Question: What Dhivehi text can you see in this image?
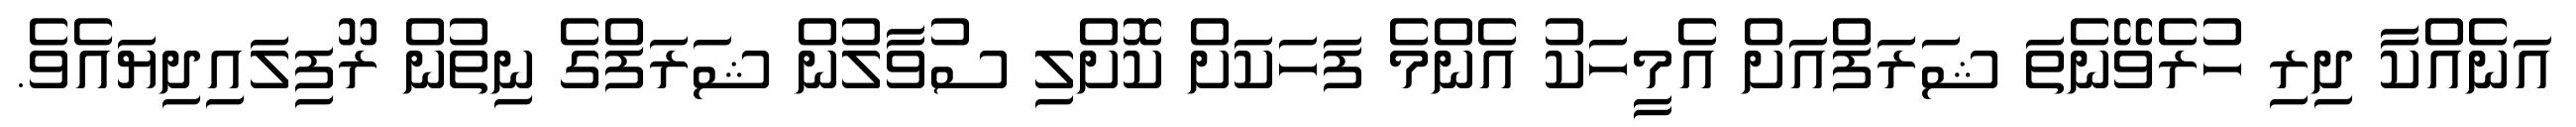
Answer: އަނެއްކާ ދިރި ހުރެވޭނެތަ ޝަރަފްއަށް އެމީހަކު އެންމެ ފަހަކަށް ކޮށްލި ސުވާލުން ޝަރަފްގެ ނިތުން ރޫފިލައިދިޔައެވެ.